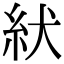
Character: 紎